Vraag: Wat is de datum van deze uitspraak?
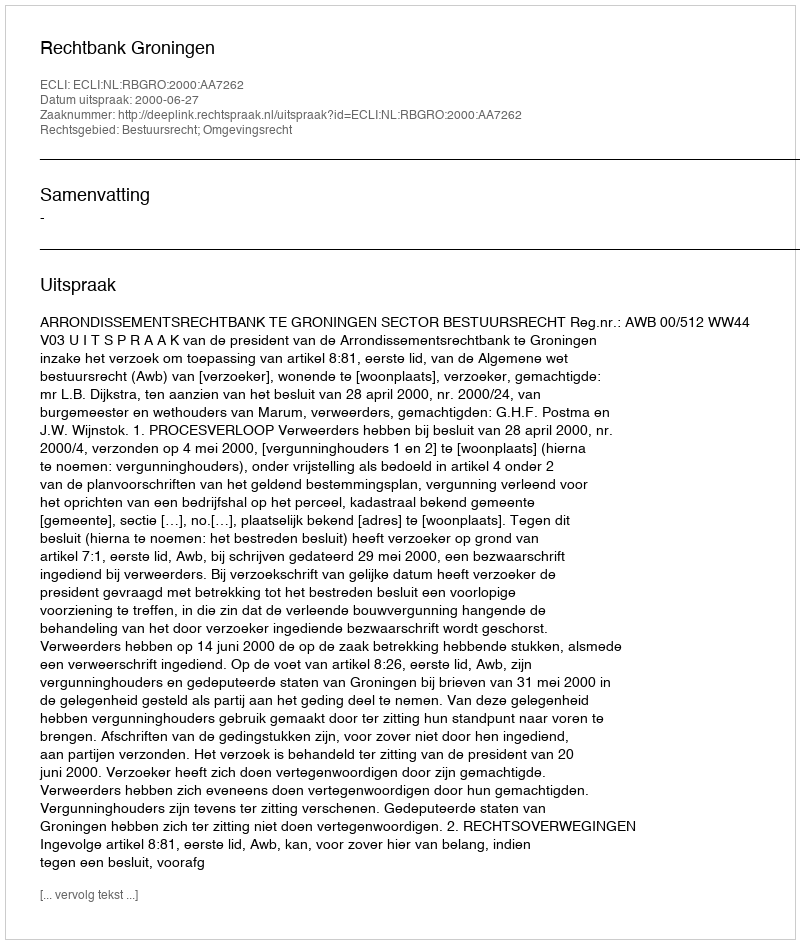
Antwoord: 2000-06-27